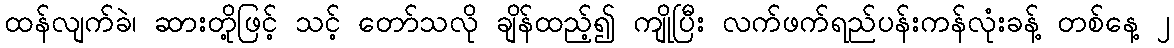
ထန်လျက်ခဲ၊ ဆားတို့ဖြင့် သင့် တော်သလို ချိန်ထည့်၍ ကျိုပြီး လက်ဖက်ရည်ပန်းကန်လုံးခန့် တစ်နေ့ ၂